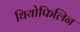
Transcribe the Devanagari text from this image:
थियोफिलिन